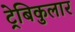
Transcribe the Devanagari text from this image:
ट्रेबिकुलार